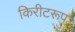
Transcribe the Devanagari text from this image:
किरीटरूप